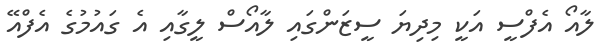
ލާއޯ އެފްސީ އަކީ މިދިޔަ ސީޒަންގައި ލާއޯސް ލީގާއި އެ ގައުމުގެ އެފްއޭ